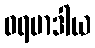
ဝရမာဒါယ